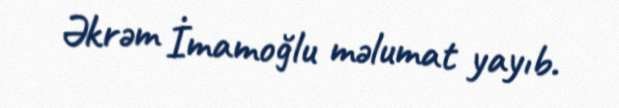
Əkrəm İmamoğlu məlumat yayıb.